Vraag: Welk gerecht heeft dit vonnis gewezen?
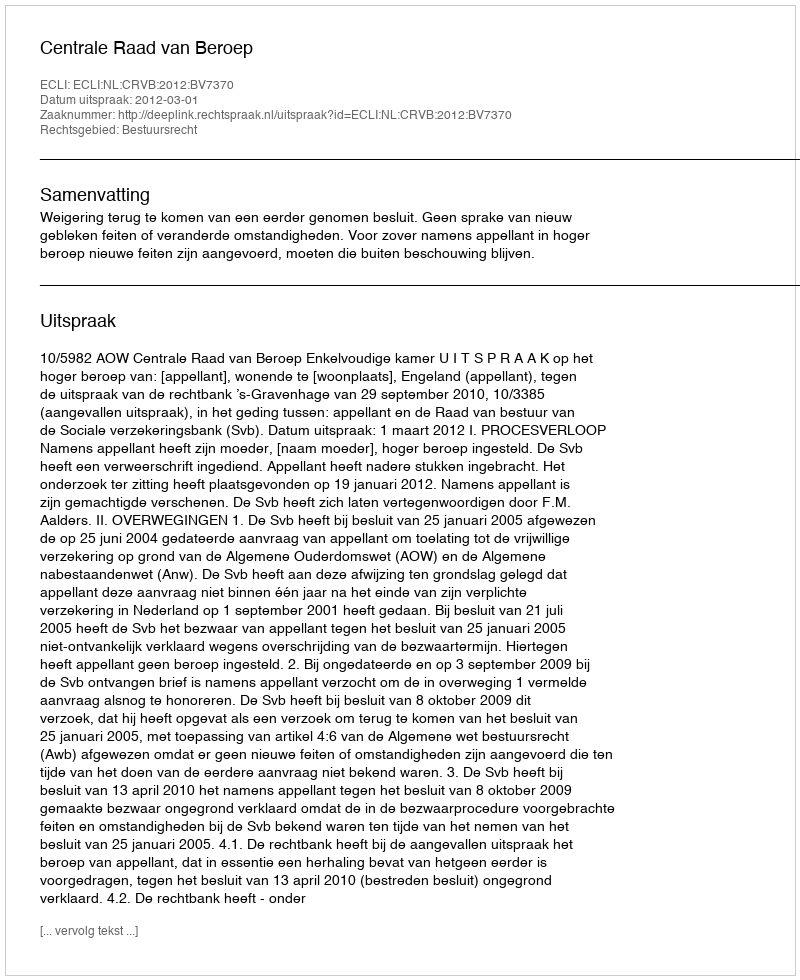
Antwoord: Centrale Raad van Beroep